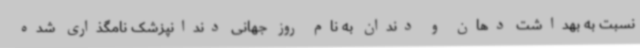
نسبت به بهداشت دهان و دندان به نام روز جهانی دندانپزشک نامگذاری شده